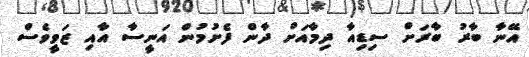
އޭނާ ބާރު ބާރަށް ސިޑިއާ ދިމާއަށް ދާން ފެށުމުން އަނީސާ އާއި ޒަވީވެސް